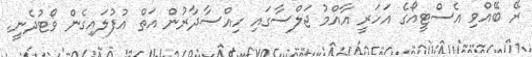
ރޭ ބޭއްވި އެސްޓީއޯގެ އަހަރީ އާއްމު ޖަލްސާގައި ހިއްސާދާރުން އަތް އުފުލައިގެން ވޯޓުދެނީ.